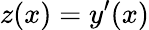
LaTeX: z(x)=y^{\prime}(x)